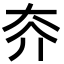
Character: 𡗦